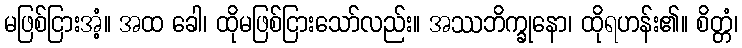
မဖြစ်ငြားအံ့။ အထ ခေါ၊ ထိုမဖြစ်ငြားသော်လည်း။ အဿဘိက္ခုနော၊ ထိုရဟန်း၏။ စိတ္တံ၊